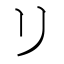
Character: リ